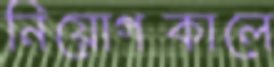
নিয়োগকালে